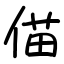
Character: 㑤